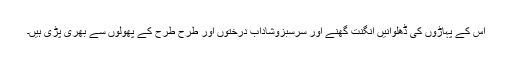
اس کے پہاڑوں کی ڈھلوانیں انگنت گھنے اور سرسبزوشاداب درختوں اور طرح طرح کے پھولوں سے بھری پڑی ہیں۔